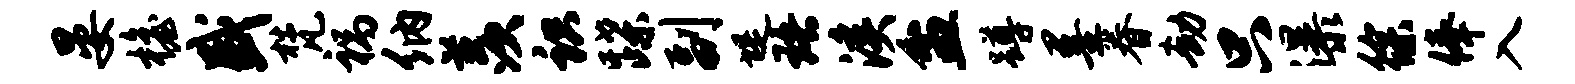
晏檐盛梵祸纳羡识蹀副堤珞溪盆蹲墨眷劫只瀑徐俸入